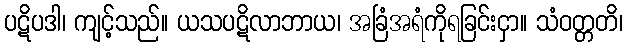
ပဋိပဒါ၊ ကျင့်သည်။ ယသပဋိလာဘာယ၊ အခြံအရံကိုရခြင်းငှာ။ သံဝတ္တတိ၊